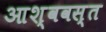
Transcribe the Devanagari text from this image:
आश्ववस्त